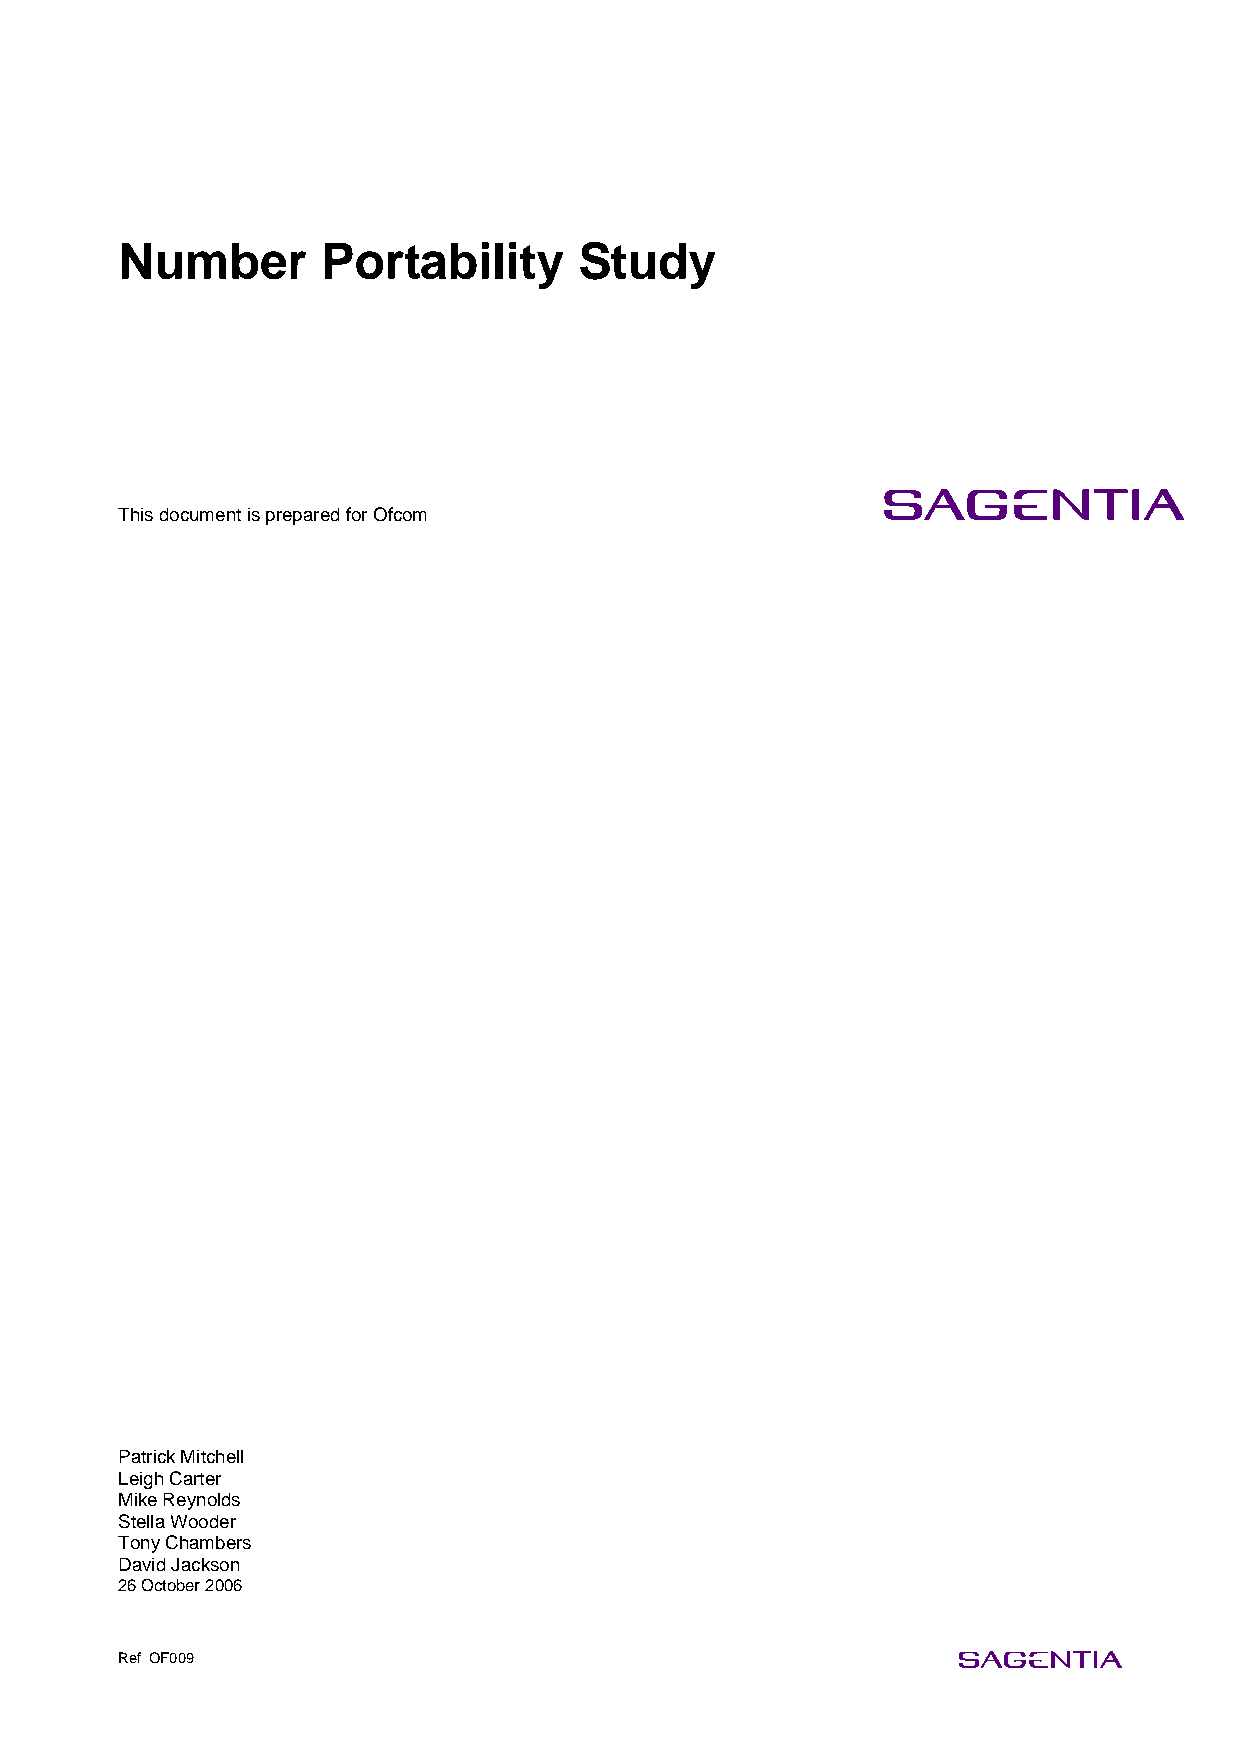
Number       Portability      Study
 This document is prepared for Ofcom
 Patrick Mitchell
 Leigh Carter
 Mike Reynolds
 Stella Wooder
 Tony Chambers
 David Jackson
 26 October 2006
 Ref OF009